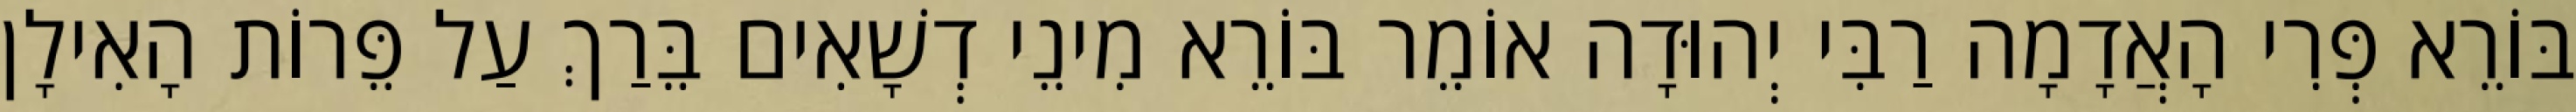
בּוֹרֵא פְּרִי הָאֲדָמָה רַבִּי יְהוּדָה אוֹמֵר בּוֹרֵא מִינֵי דְשָׁאִים בֵּרַךְ עַל פֵּרוֹת הָאִילָן